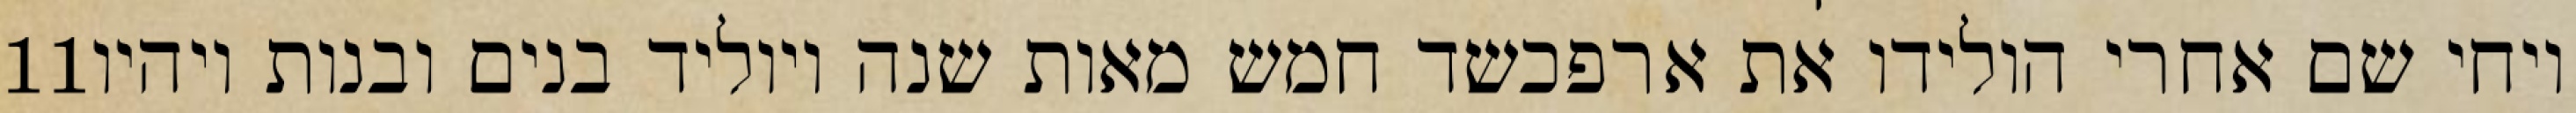
‎11‏ ויחי שם אחרי הולידו את ארפכשד חמש מאות שנה ויוליד בנים ובנות ויהיו